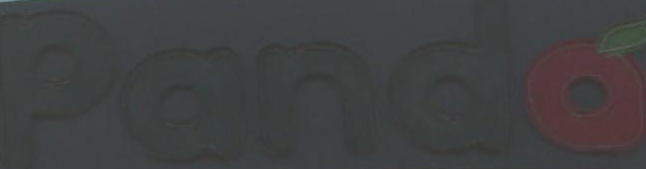
Panda